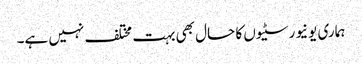
ہماری یونیورسٹیوں کا حال بھی بہت مختلف نہیں ہے۔